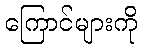
ကြောင်များကို